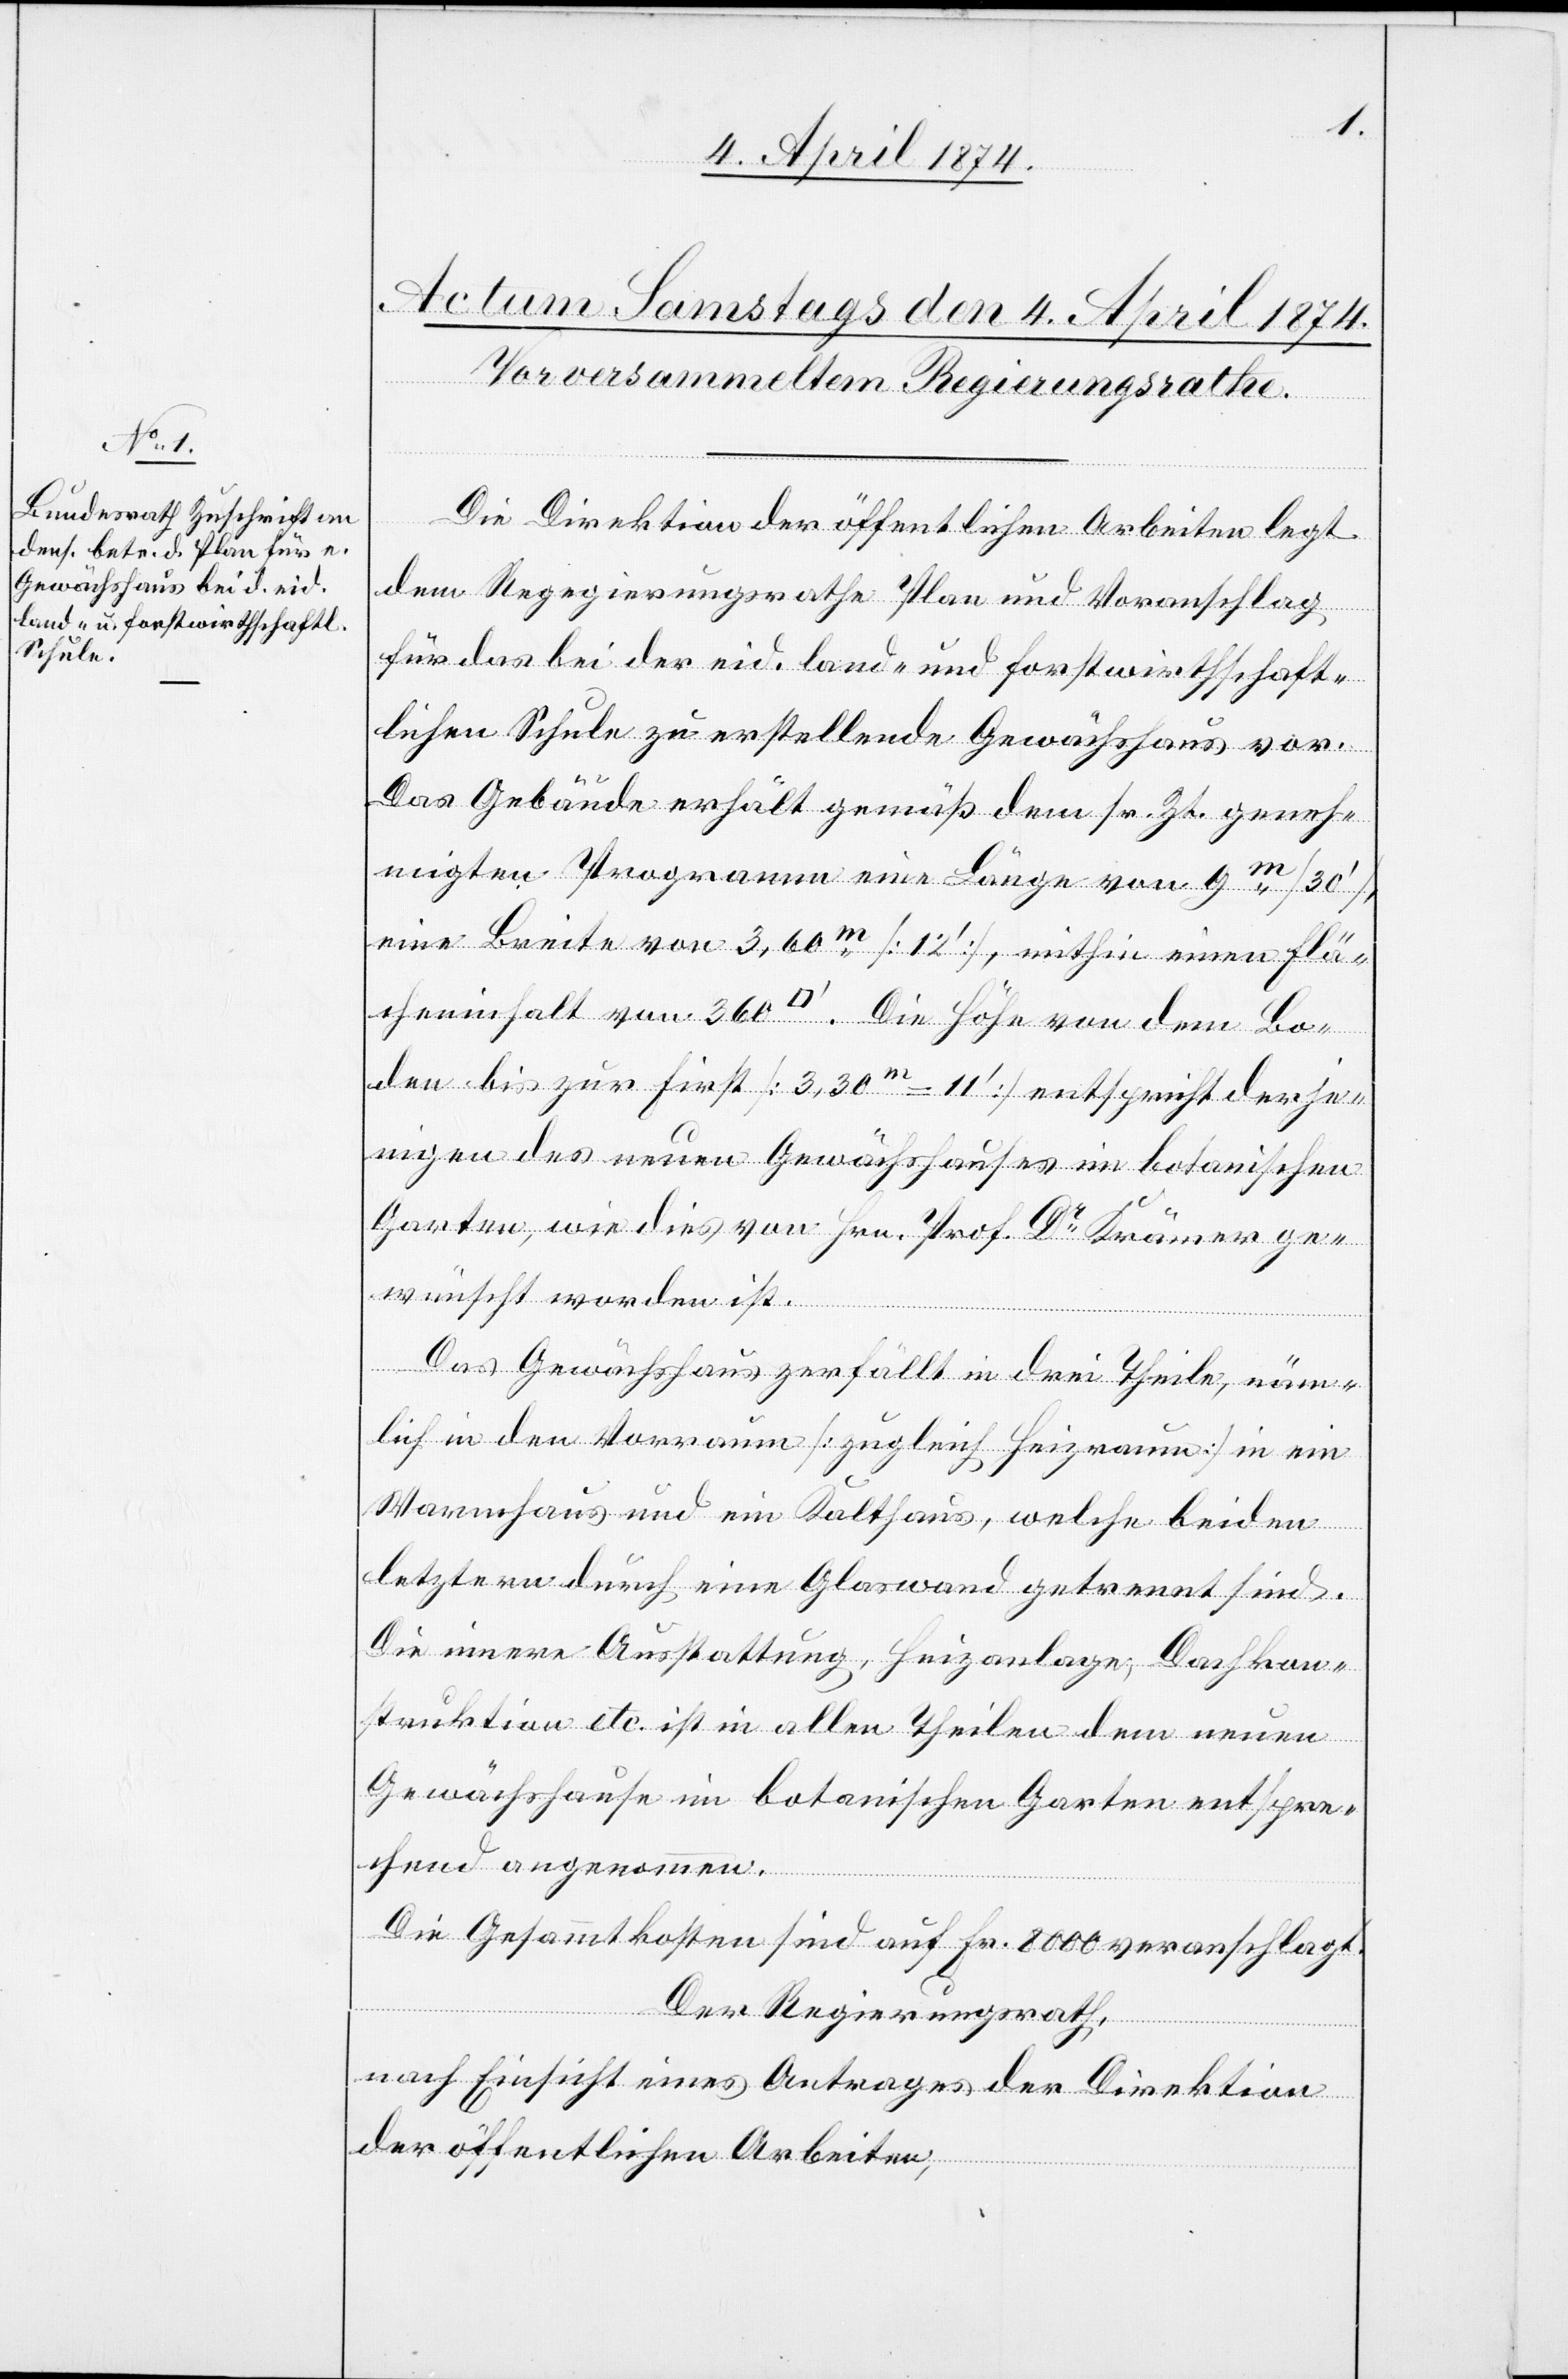
Die Direktion der öffentlichen Arbeiten legt
dem Regierungsrath Plan und Voranschlag
für das bei der eid. land- und forstwirthschaft¬
lichen Schule zu erstellende Gewächshaus vor.
Das Gebäude erhält gemäß dem sr. Zt. geneh¬
migten Programm eine Länge von 9m [30‘],
eine Breite von 3,60m [12‘], mithin einen Flä¬
cheninhalt von 360 [Quadratfuss]. Die Höhe von dem Bo¬
den bis zur First [3,30m = 11‘] entspricht derje¬
nigen des neuen Gewächshauses im botanischen
Garten, wie dies von Hrn. Prof. Dr Krämer ge¬
wünscht worden ist.
Das Gewächshaus zerfällt in drei Theile, näm¬
lich in den Vorraum [zugleich Heizraum][,] in ein
Warmhaus und ein Kalthaus, welche beiden
letztern durch eine Glaswand getrennt sind.
Die innere Ausstattung, Heizanlage, Dachkon¬
struktion etc. ist in allen Theilen dem neuen
Gewächshause im botanischen Garten entspre¬
chend angenommen.
Die Gesammtkosten sind auf Fr. 8000 veranschlagt.
Der Regierungsrath,
nach Einsicht eines Antrages der Direktion
der öffentlichen Arbeiten,